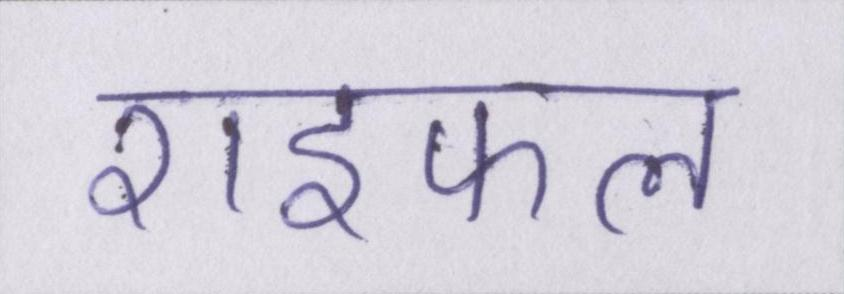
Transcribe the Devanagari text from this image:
राइफल